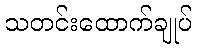
သတင်းထောက်ချုပ်